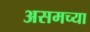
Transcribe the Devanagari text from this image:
असमच्या